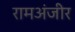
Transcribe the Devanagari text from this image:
रामअंजीर